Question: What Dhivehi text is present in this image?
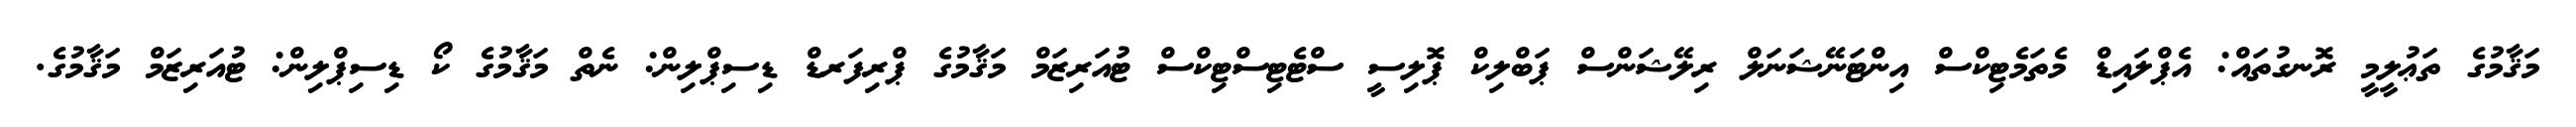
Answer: މަޤާމުގެ ތަޢުލީމީ ރޮނގުތައް: އެޕްލައިޑް މެތަމެޓިކްސް އިންޓަނޭޝަނަލް ރިލޭޝަންސް ޕަބްލިކް ޕޮލިސީ ސްޓެޓިސްޓިކްސް ޓުއަރިޒަމް މަޤާމުގެ ޕްރިފަރޑް ޑިސިޕްލިން: ނެތް މަޤާމުގެ ކޯ ޑިސިޕްލިން: ޓުއަރިޒަމް މަޤާމުގެ.